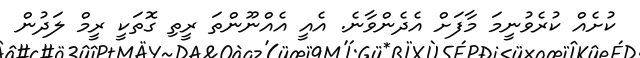
ކުށެއް ކުރެވުނީމަ މާފަށް އެދެންވާނެ. އެއީ އެއްނޫންތަ ރީތި ގޮތަކީ ރީމް ލަދުން